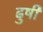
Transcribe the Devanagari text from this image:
ढुषी